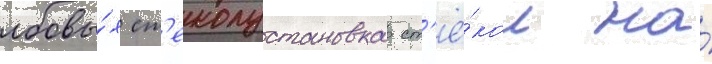
лобовы́х ст'еколустановка ст'ё́кол на́